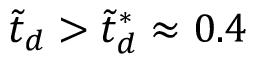
\tilde { t } _ { d } > \tilde { t } _ { d } ^ { * } \approx 0 . 4